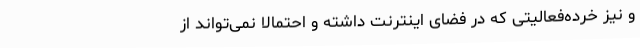
و نیز خرده‌فعالیتی که در فضای اینترنت داشته و احتمالاً نمی‌تواند از